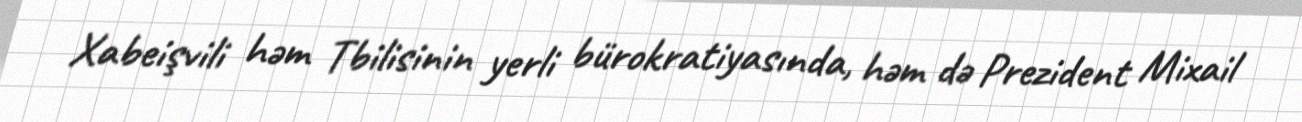
Xabeişvili həm Tbilisinin yerli bürokratiyasında, həm də Prezident Mixail